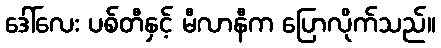
ဒေါ်လေး ပစ်တီနှင့် မီလာနီက ပြောလိုက်သည်။